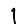
Digit: 1